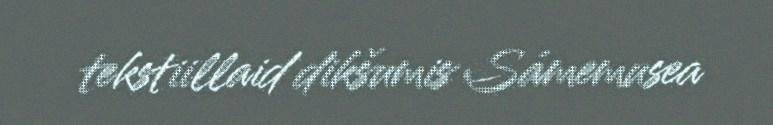
tekstiillaid dikšumis Sámemusea